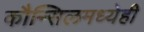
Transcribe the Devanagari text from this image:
कौन्सिलमध्येही